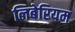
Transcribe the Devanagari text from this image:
लिबेरियम